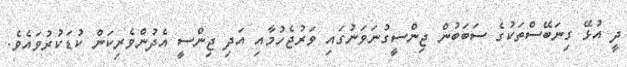
ދީ އުޅޭ ގިނަބޭސްތަކުގެ ސަބަބުން ޖިންސީގުނަވަނުގައި ވަރުޖެހުމާއި އަދި ޖިންސީ އެދުންވެރިކަން ކުޑަކުރުވައެވެ.